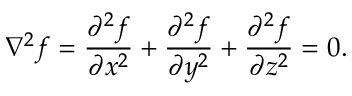
\nabla ^ { 2 } f = { \frac { \partial ^ { 2 } f } { \partial x ^ { 2 } } } + { \frac { \partial ^ { 2 } f } { \partial y ^ { 2 } } } + { \frac { \partial ^ { 2 } f } { \partial z ^ { 2 } } } = 0 .